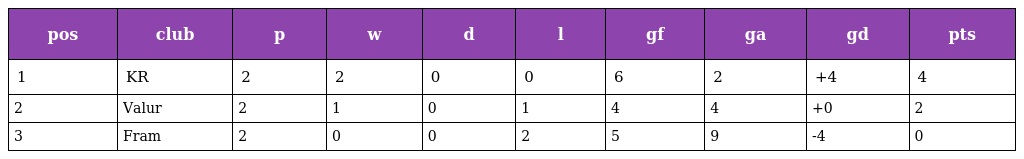
| pos | club | p | w | d | l | gf | ga | gd | pts |
 | --- | --- | --- | --- | --- | --- | --- | --- | --- | --- |
 | 1 | KR | 2 | 2 | 0 | 0 | 6 | 2 | +4 | 4 |
 | 2 | Valur | 2 | 1 | 0 | 1 | 4 | 4 | +0 | 2 |
 | 3 | Fram | 2 | 0 | 0 | 2 | 5 | 9 | -4 | 0 |